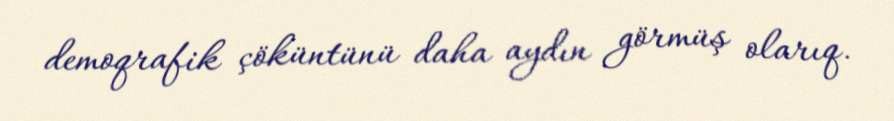
demoqrafik çöküntünü daha aydın görmüş olarıq.